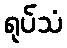
ရုပ်သံ